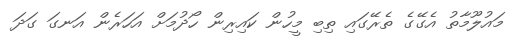
މައުލޫމާތު އެގޭގެ ތެރޭގައި ތިބި މީހުން ކައިރިން ހޯދުމަށް އަހަރެން އަނގަ ގަދަ